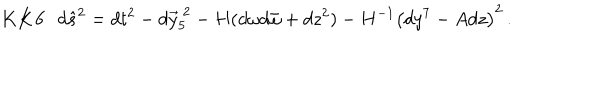
LaTeX: { \bf K K 6 } \, \, \, \, d \hat { s } ^ { 2 } = d t ^ { 2 } - d \vec { y } _ { 5 } ^ { \ 2 } - H ( d \omega d \bar { \omega } + d z ^ { 2 } ) - H ^ { - 1 } \left( d y ^ { 7 } - A d z \right) ^ { 2 } \, .